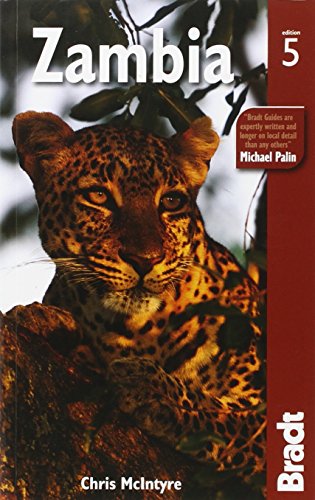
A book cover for Zambia (Bradt Travel Guide Zambia); Chris McIntyre; Travel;